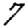
Digit: 7